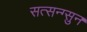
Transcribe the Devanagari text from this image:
सत्सन्ग्सुन